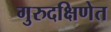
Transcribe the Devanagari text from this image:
गुरुदक्षिणेत